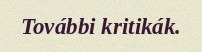
További kritikák.